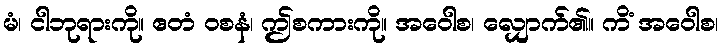
မံ၊ ငါဘုရားကို။ ဧတံ ဝစနံ၊ ဤစကားကို။ အဝေါစ၊ လျှောက်၏။ ကိံ အဝေါစ၊